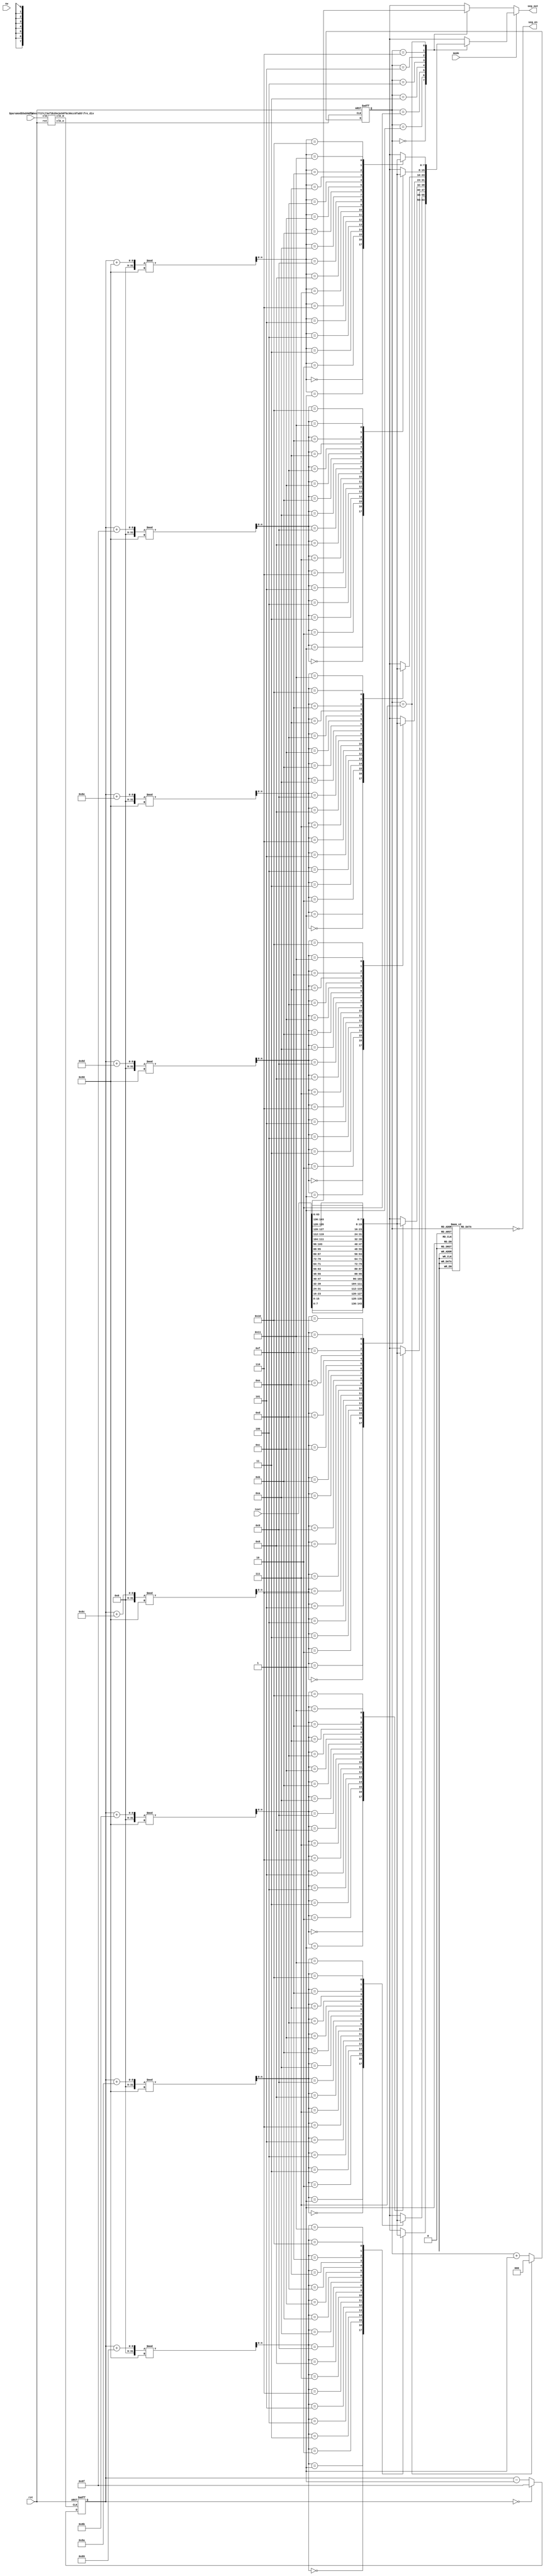
`timescale 1ns / 1ps

//
module show (
    input clk, rst, 
    input sw,
    input mode,
    input [143:0] text,
    output [7:0] seg_en,
    output reg [7:0] seg_out
    );
    
    wire [7:0] tube_char[17:0];
    assign tube_char[0] = text[7:0];
    assign tube_char[1] = text[15:8];
    assign tube_char[2] = text[23:16];
    assign tube_char[3] = text[31:24];
    assign tube_char[4] = text[39:32];
    assign tube_char[5] = text[47:40];
    assign tube_char[6] = text[55:48];
    assign tube_char[7] = text[63:56];
    assign tube_char[8] = text[71:64];
    assign tube_char[9] = text[79:72];
    assign tube_char[10] = text[87:80];
    assign tube_char[11] = text[95:88];
    assign tube_char[12] = text[103:96];
    assign tube_char[13] = text[111:104];
    assign tube_char[14] = text[119:112];
    assign tube_char[15] = text[127:120];
    assign tube_char[16] = text[135:128];
    assign tube_char[17] = text[143:136];

    reg [7:0] seg_en_r;
    assign seg_en = ~seg_en_r;
    
    wire clk_out;//update
    wire clk_move;//move
    fre_div #(200000,50000000) fd(.clk(clk),.rst(rst),.clk_m(clk_move),.clk_o(clk_out));

    reg [2:0] select;
    always @(posedge clk_out, posedge rst) begin
        if(rst)
            select <= 0;
        else begin
            select <= select + 1;
            if(select == 3'b111)
                select <= 0;
        end
    end
    
    always @(select) begin
        case(select)
            3'b000: seg_en_r = 8'b0000_0001;
            3'b001: seg_en_r = 8'b0000_0010;
            3'b010: seg_en_r = 8'b0000_0100;
            3'b011: seg_en_r = 8'b0000_1000;
            3'b100: seg_en_r = 8'b0001_0000;
            3'b101: seg_en_r = 8'b0010_0000;
            3'b110: seg_en_r = 8'b0100_0000;
            3'b111: seg_en_r = 8'b1000_0000;
            default: seg_en_r = 8'b0000_0000;
        endcase
    end

    reg [7:0] ind = 6'b0;
    always @(posedge clk_move, posedge rst) begin
        if(rst)
            ind <= 8'd143; 
        else begin
            ind <= ind - 1'b1;
            if(ind == 8'd0)
                ind <= 8'd143;
        end   
    end

    always @(select, ind) begin
        if(mode) begin
            case(select)
                3'b000: seg_out = tube_char[(ind+137)%144];
                3'b001: seg_out = tube_char[(ind+138)%144];
                3'b010: seg_out = tube_char[(ind+139)%144];
                3'b011: seg_out = tube_char[(ind+140)%144];
                3'b100: seg_out = tube_char[(ind+141)%144];
                3'b101: seg_out = tube_char[(ind+142)%144];
                3'b110: seg_out = tube_char[(ind+143)%144];
                3'b111: seg_out = tube_char[(ind+144)%144];
                default:seg_out = 8'b1111_1111;
            endcase
        end
        else begin
            case(select)
                3'b000: seg_out = tube_char[7];
                3'b001: seg_out = tube_char[6];
                3'b010: seg_out = tube_char[5];
                3'b011: seg_out = tube_char[4];
                3'b100: seg_out = tube_char[3];
                3'b101: seg_out = tube_char[2];
                3'b110: seg_out = tube_char[1];
                3'b111: seg_out = tube_char[0];
                default:seg_out = 8'b1111_1111;
            endcase
        end
    end
endmodule

module fre_div #(parameter p1 = 200000,
                parameter p2 = 50000000) (
    input clk, rst,
    output clk_m, clk_o
    );
    reg clk_move, clk_out;
    assign clk_m = clk_move;
    assign clk_o = clk_out;
    reg [31:0]cnt1;
    always @(posedge clk, posedge rst) begin
        if(rst) begin
            cnt1 <= 0;
            clk_out <= 0;
        end
        else begin
            if(cnt1 == (p1>>1) - 1)begin
                clk_out <= ~clk_out;
                cnt1 <= 0;
            end
            else begin
                cnt1 <= cnt1 + 1;
            end
        end
    end
    
    reg [31:0] cnt2;
    always @(posedge clk, posedge rst) begin
        if(rst)begin
            cnt2 <= 0;
            clk_move <= 0;
        end
        else begin
            if(cnt2 == (p2>>1) - 1)begin
                clk_move <= ~clk_move;
                cnt2 <= 0;
            end
            else begin
                cnt2 <= cnt2 + 1;
            end
        end 
    end
endmodule